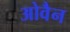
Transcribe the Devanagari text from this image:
ओवैन